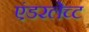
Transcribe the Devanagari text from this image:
एंडरलेच्ट